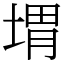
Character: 㙕